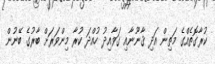
ކުރާގޮތެއްގެ މަތިން އަދި ޤާނޫނާއި ގަވާއިދު ހުއްދަ ކުރާ މިންވަރަށް ބާރުގެ ބޭނުން